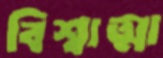
বিশ্বাত্মা